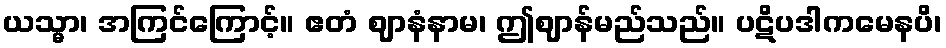
ယသ္မာ၊ အကြင်ကြောင့်။ ဧတံ ဈာနံနာမ၊ ဤဈာန်မည်သည်။ ပဋိပဒါကမေနပိ၊